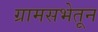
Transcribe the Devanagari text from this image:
ग्रामसभेतून